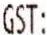
GST: